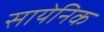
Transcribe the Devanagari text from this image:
सायेनिक